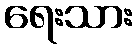
ရေးသား